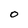
Character: 0